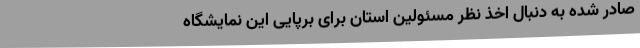
صادر شده به دنبال اخذ نظر مسئولین استان برای برپایی این نمایشگاه